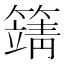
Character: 𥴰